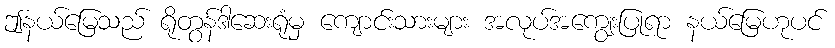
ဤနယ်မြေသည် ရိုတွန်ဒါဆေးရုံမှ ကျောင်းသားများ အလုပ်အကျွေးပြုရာ နယ်မြေဟုပင်